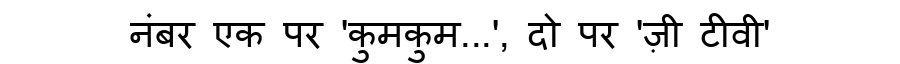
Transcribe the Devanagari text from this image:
नंबर एक पर 'कुमकुम...', दो पर 'ज़ी टीवी'